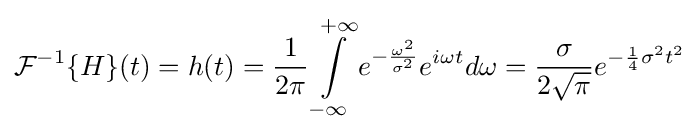
{\mathcal {F}}^{-1}\{H\}(t)=h(t)={\frac {1}{2\pi }}\int \limits _{-\infty }^{+\infty }{e^{-{\frac {\omega ^{2}}{\sigma ^{2}}}}e^{i\omega t}}d\omega ={\frac {\sigma }{2{\sqrt {\pi }}}}e^{-{\frac {1}{4}}\sigma ^{2}t^{2}}